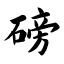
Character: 磅